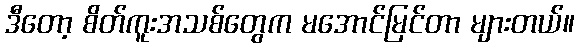
ဒီတော့ စိတ်ကူးအသစ်တွေက မအောင်မြင်တာ များတယ်။